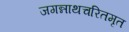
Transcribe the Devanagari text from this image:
जगन्नाथचरितमृत